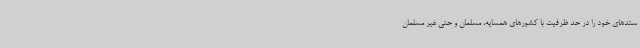
ستدهای خود را در حد ظرفیت با کشورهای همسایه، مسلمان و حتی غیر مسلمان